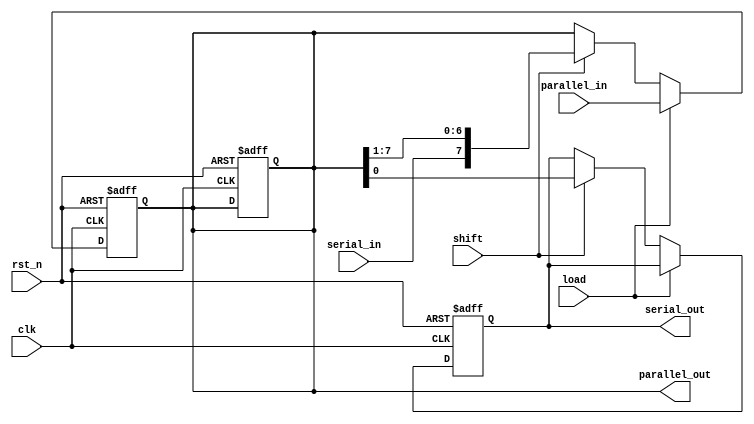
module shift_register #(
    parameter WIDTH = 8 // Width of the shift register
) (
    input wire clk,                // Clock signal
    input wire rst_n,              // Active low reset signal
    input wire serial_in,          // Serial input data
    input wire [WIDTH-1:0] parallel_in, // Parallel input data
    input wire load,               // Load enable signal
    input wire shift,              // Shift enable signal
    output reg serial_out,         // Serial output data
    output reg [WIDTH-1:0] parallel_out // Parallel output data
);

    // Internal register array to hold the shift register data
    reg [WIDTH-1:0] shift_reg;

    // Asynchronous reset and shifting/loading logic
    always @(posedge clk or negedge rst_n) begin
        if (!rst_n) begin
            shift_reg <= {WIDTH{1'b0}}; // Initialize to 0 on reset
            serial_out <= 1'b0;
            parallel_out <= {WIDTH{1'b0}};
        end else begin
            if (load) begin
                // Load parallel data into shift register
                shift_reg <= parallel_in;
            end else if (shift) begin
                // Shift operation
                serial_out <= shift_reg[0]; // Output the first bit
                shift_reg <= {serial_in, shift_reg[WIDTH-1:1]}; // Shift left
            end
        end
    end

    // Parallel output logic
    always @(*) begin
        parallel_out = shift_reg; // Output the current state of the shift register
    end

endmodule